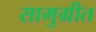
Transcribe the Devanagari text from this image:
सामुग्रीत